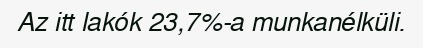
Az itt lakók 23,7%-a munkanélküli.